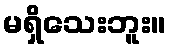
မရှိသေးဘူး။